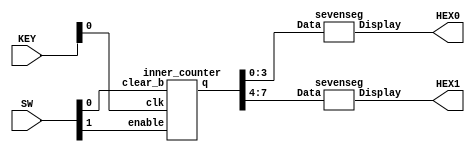
module counter (SW, KEY, HEX0, HEX1);

  input[1:0] KEY;
  input[1:0] SW;
  output[6:0] HEX0;
  output[6:0] HEX1;
  wire[7:0] Q;

  inner_counter u0(
    .enable(SW[1]),
    .clk(KEY[0]),
    .clear_b(SW[0]),
    .q(Q[7:0])

  );

  sevenseg S1 (
    .Data(Q[3:0]),
    .Display(HEX0)
  );

  sevenseg S2 (
    .Data(Q[7:4]),
    .Display(HEX1)
  );

endmodule




module inner_counter (enable, clk, clear_b, q);

  input enable, clk, clear_b;
  output wire[7:0] q;

  tff_async T0 (
    .t(enable),
    .clk(clk),
    .reset(clear_b),
    .q(q[0])
  );

  tff_async T1 (
    .t(enable && (& q[0])),
    .clk(clk),
    .reset(clear_b),
    .q(q[1])
  );

  tff_async T2 (
    .t(enable && (& q[1:0])),
    .clk(clk),
    .reset(clear_b),
    .q(q[2])
  );

  tff_async T3 (
    .t(enable && (& q[2:0])),
    .clk(clk),
    .reset(clear_b),
    .q(q[3])
  );

  tff_async T4 (
    .t(enable && (& q[3:0])),
    .clk(clk),
    .reset(clear_b),
    .q(q[4])
  );

  tff_async T5 (
    .t(enable && (& q[4:0])),
    .clk(clk),
    .reset(clear_b),
    .q(q[5])
  );

  tff_async T6 (
    .t(enable && (& q[5:0])),
    .clk(clk),
    .reset(clear_b),
    .q(q[6])
  );

  tff_async T7 (
    .t(enable && (& q[6:0])),
    .clk(clk),
    .reset(clear_b),
    .q(q[7])
  );

endmodule



module tff_async (t, clk, reset, q);

input t, clk, reset;
output reg q;

always @(posedge clk, negedge reset)
begin
  if(~reset)
    q <= 1'b0;
 else
    q <= q ^ t;
end

endmodule


module sevenseg (Display, Data);
	input[3:0] Data;
	output[6:0] Display;

	assign Display[0] = ~Data[3] & ~Data[2] & ~Data[1] &  Data[0] |
			 ~Data[3] &  Data[2] & ~Data[1] & ~Data[0] |
			  Data[3] &  Data[2] & ~Data[1] &  Data[0] |
			  Data[3] & ~Data[2] &  Data[1] &  Data[0];

	assign Display[1] = ~Data[3] &  Data[2] & ~Data[1] &  Data[0] |
			  Data[3] &  Data[2] & ~Data[1] & ~Data[0] |
			  Data[3] &           Data[1] &  Data[0] |
			           Data[2] &  Data[1] & ~Data[0];

	assign Display[2] =  Data[3] &  Data[2] & ~Data[1] & ~Data[0] |
			 ~Data[3] & ~Data[2] &  Data[1] & ~Data[0] |
			  Data[3] &  Data[2] &  Data[1];


	assign Display[3] = ~Data[3] &  Data[2] & ~Data[1] & ~Data[0] |
			          ~Data[2] & ~Data[1] &  Data[0] |
			           Data[2] &  Data[1] &  Data[0] |
			  Data[3] & ~Data[2] &  Data[1] & ~Data[0];

	assign Display[4] = ~Data[3] &                    Data[0] |
			 ~Data[3] &  Data[2] & ~Data[1]          |
			          ~Data[2] & ~Data[1] &  Data[0];


	assign Display[5] = ~Data[3] & ~Data[2]          &  Data[0] |
			 ~Data[3] & ~Data[2] &  Data[1]          |
			 ~Data[3] &           Data[1] &  Data[0] |
			  Data[3] &  Data[2] & ~Data[1] &  Data[0];

	assign Display[6] = ~Data[3] & ~Data[2]  & ~Data[1]         |
			 ~Data[3] &  Data[2] &  Data[1] &  Data[0] |
			  Data[3] &  Data[2] & ~Data[1] & ~Data[0];

endmodule